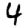
Digit: 4